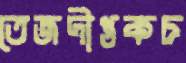
তেজদীপ্তকচ